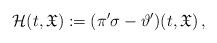
LaTeX: \begin{align*} \mathcal{H}(t,\mathfrak{X}):= (\pi'\sigma -\vartheta')(t,\mathfrak{X})\,,\end{align*}